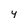
Character: y